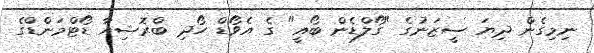
ނިމިގެން ދިޔަ ސީޒަނުގެ "ގޯލްޑެން ބޯއީ" ގެ އެވޯޑް ހޯދި ބްރޮޝިއާ ޑޯޓްމަންޑްގެ